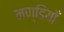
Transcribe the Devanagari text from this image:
मण्डियाँ